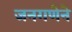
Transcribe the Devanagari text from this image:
जनगणेने